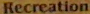
Recreation